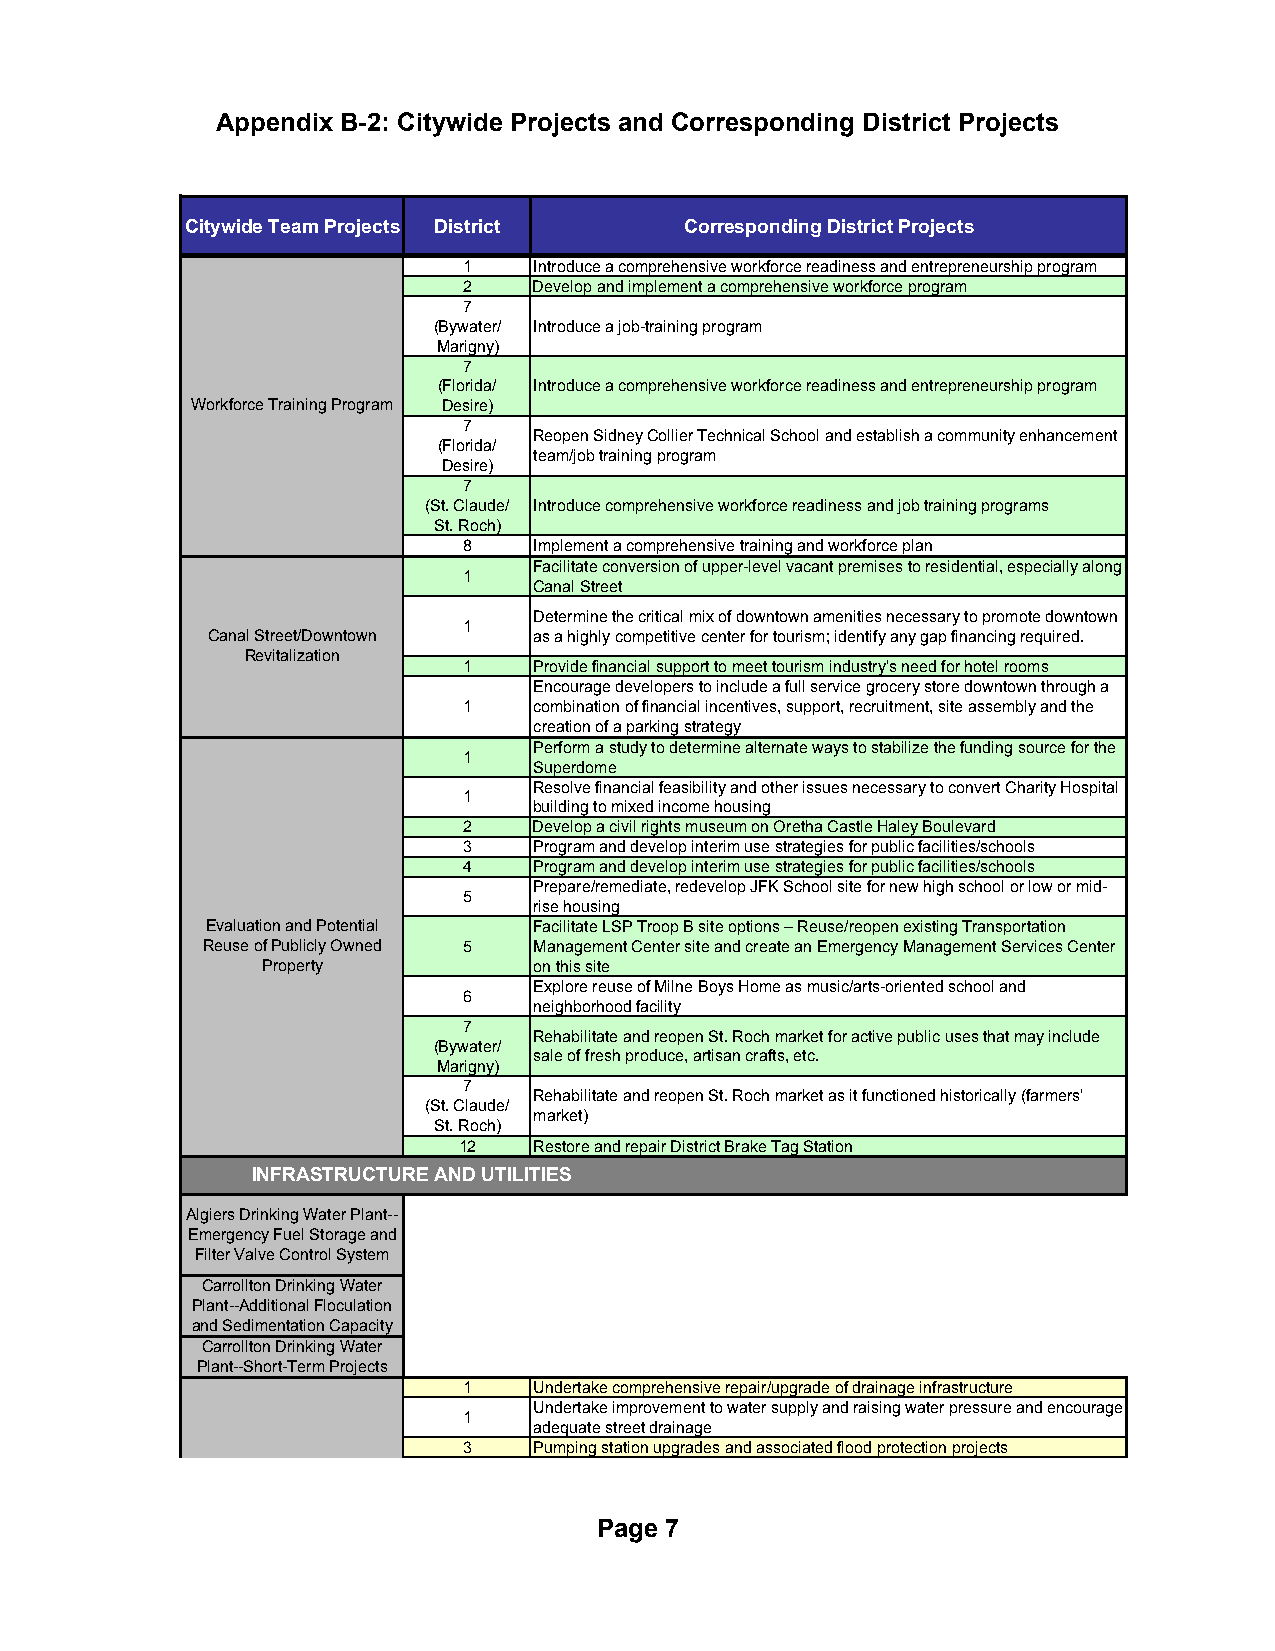
Appendix B-2: Citywide Projects and Corresponding District Projects
 Citywide Team Projects District  Corresponding District Projects
 1   Introduce a comprehensive workforce readiness and entrepreneurship program
 2   Develop and implement a comprehensive workforce program
 7
 (Bywater/ Introduce a job-training program
 Marigny)
 7
 (Florida/ Introduce a comprehensive workforce readiness and entrepreneurship program
 Workforce Training Program Desire)
 7
 Reopen Sidney Collier Technical School and establish a community enhancement
 (Florida/
 team/job training program
 Desire)
 7
 (St. Claude/ Introduce comprehensive workforce readiness and job training programs
 St. Roch)
 8   Implement a comprehensive training and workforce plan
 Facilitate conversion of upper-level vacant premises to residential, especially along
 1
 Canal Street
 Determine the critical mix of downtown amenities necessary to promote downtown
 1
 Canal Street/Downtown as a highly competitive center for tourism; identify any gap financing required.
 Revitalization
 1   Provide financial support to meet tourism industry's need for hotel rooms
 Encourage developers to include a full service grocery store downtown through a
 1   combination of financial incentives, support, recruitment, site assembly and the
 creation of a parking strategy
 Perform a study to determine alternate ways to stabilize the funding source for the
 1
 Superdome
 Resolve financial feasibility and other issues necessary to convert Charity Hospital
 1
 building to mixed income housing
 2   Develop a civil rights museum on Oretha Castle Haley Boulevard
 3   Program and develop interim use strategies for public facilities/schools
 4   Program and develop interim use strategies for public facilities/schools
 Prepare/remediate, redevelop JFK School site for new high school or low or mid-
 5
 rise housing
 Evaluation and Potential Facilitate LSP Troop B site options – Reuse/reopen existing Transportation
 Reuse of Publicly Owned 5 Management Center site and create an Emergency Management Services Center
 Property          on this site
 Explore reuse of Milne Boys Home as music/arts-oriented school and
 6
 neighborhood facility
 7
 Rehabilitate and reopen St. Roch market for active public uses that may include
 (Bywater/
 sale of fresh produce, artisan crafts, etc.
 Marigny)
 7
 Rehabilitate and reopen St. Roch market as it functioned historically (farmers'
 (St. Claude/
 market)
 St. Roch)
 12   Restore and repair District Brake Tag Station
 INFRASTRUCTURE AND UTILITIES
 Algiers Drinking Water Plant--
 Emergency Fuel Storage and
 Filter Valve Control System
 Carrollton Drinking Water
 Plant--Additional Floculation
 and Sedimentation Capacity
 Carrollton Drinking Water
 Plant--Short-Term Projects
 1   Undertake comprehensive repair/upgrade of drainage infrastructure
 Undertake improvement to water supply and raising water pressure and encourage
 1
 adequate street drainage
 3   Pumping station upgrades and associated flood protection projects
 Page 7